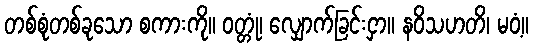
တစ်စုံတစ်ခုသော စကားကို။ ဝတ္တုံ၊ လျှောက်ခြင်းငှာ။ နဝိသဟတိ၊ မဝံ့။